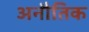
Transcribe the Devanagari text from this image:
अनौतिक